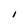
Character: I